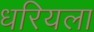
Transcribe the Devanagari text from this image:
धरियला